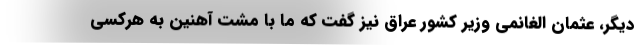
دیگر، عثمان الغانمی وزیر کشور عراق نیز گفت که ما با مشت آهنین به هرکسی